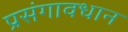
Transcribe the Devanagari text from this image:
प्रसंगावधान